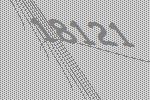
18121